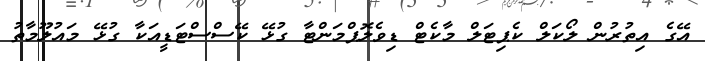
އޭގެ އިތުރުން ލޯކަލް ކެޕިޓަލް މާކެޓް ޑިވެލޮޕްމަންޓާ ގުޅޭ ކޭސްސްޓަޑީއަކާ ގުޅޭ މައުލޫމާތު